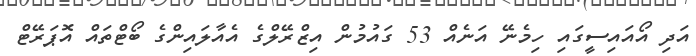
އަދި އޯއައިސީގައި ހިމެނޭ އަނެއް 53 ގައުމުން އިޒްރޭލްގެ އެއާލައިންގެ ބޯޓްތައް އޮޕަރޭޓް